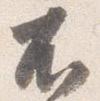
不